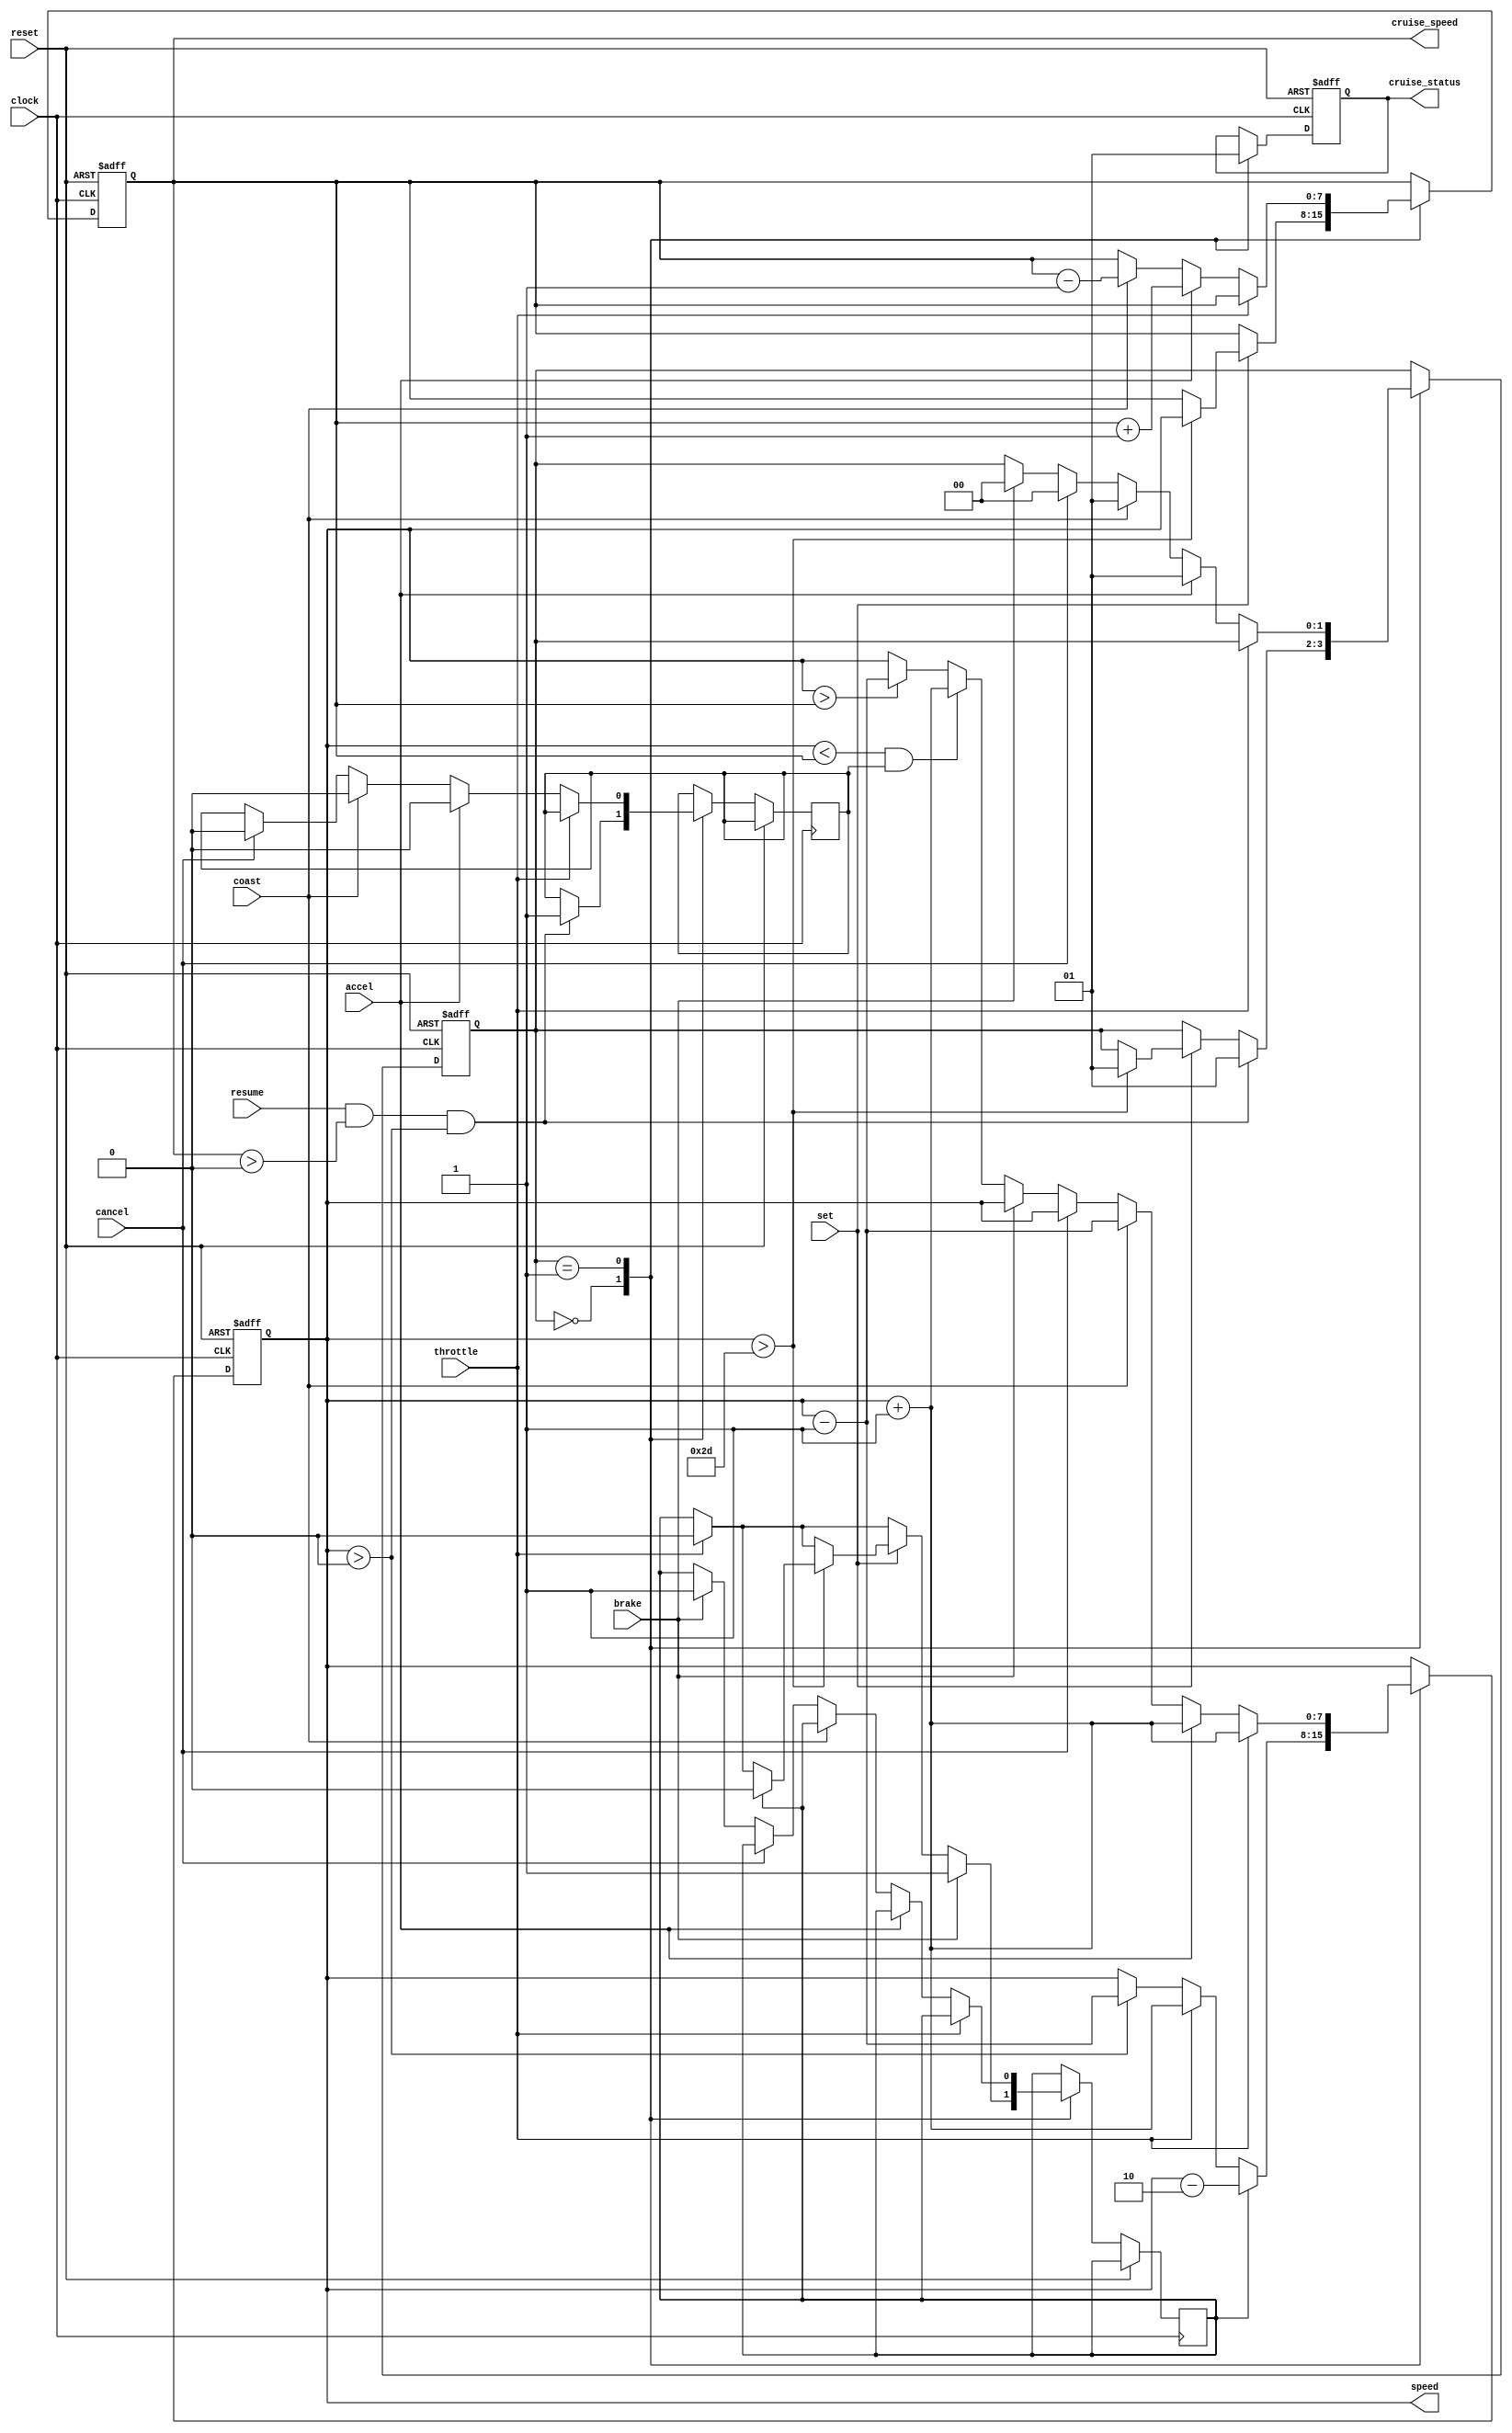
`timescale 1ns / 1ps
	

	module CruiseControl(
	    input clock,
	    input reset,
	    input throttle,
	    input set,
	    input accel,
	    input coast,
	    input cancel,
	    input resume,
	    input brake,
	    output reg [7:0] speed,
	    output reg [7:0] cruise_speed,
	    output reg cruise_status
	    );
	    
	    // register for state
	    reg [1:0] state;       // Current state
	 
	    
	    // flags to indicate if brake pulse or resume pulse is given
	    reg brake_appl;        // indicates brake pulse applied
	    reg resume_appl;       // indicates resume pulse applied
	        
	    
	    // Define states
	    localparam CRUISE_ON  = 1'b1,  // Cruise Control is set
	               CRUISE_OFF = 1'b0; // Cruise Control is unset ( turned off )
	

	        
	

	    // next state logic.
	    always @( posedge clock, posedge reset ) begin
	    
	    if( reset ) begin
	       cruise_speed  <= 8'hzz;
	       state         <= CRUISE_OFF;
	       cruise_status <= 1'b0;
	       speed         <= 0;
	    end
	    else begin
	       case(state)
	          
	            CRUISE_OFF: begin
	            cruise_status <= 1'b0;
	               // if throttle is on, increment the speed by 1 mph every cycle
	               if(throttle) begin
	                  speed <= speed + 1;
	                  // if brake pulse was applied , cancel it 
	                  if( brake_appl != 1'b0 )
	                      brake_appl  <= 1'b0;
	               end
	               else begin
	                    if(speed > 0) begin
	                           speed <= speed - 1;
	                    end
	               end
	               
	              if (set) begin
	               // if set is applied and speed is greater than 45mph, set the cruise speed to 
	               // the current speed, and change state to CRUISE_ON
	                  if(speed > 45) begin
	                     cruise_speed <= speed;
	                     state   <= CRUISE_ON; 
	                     // if brake pulse was applied , cancel it
	                     if( brake_appl != 1'b0 ) begin
	                        brake_appl <= 1'b0;
	                     end
	                     
	                  end
	               end
	               // if brake is applied, set brake_appl flag to zero
	               if ( brake ) begin
	                   brake_appl <= 1;
	               end
	               // if brake flag is on, decrement the speed by 2 every clock cycle
	               if ( brake_appl )begin
	                   speed <= speed - 2;
	               end
	               // if resume is applied, move to CRUISE_ON state
	               if ( resume && cruise_speed > 0 && speed > 0 ) begin
	                   state       <= CRUISE_ON;
	                   resume_appl <= 1;
	               end
	               
	              
	               
	            end
	            
	            CRUISE_ON : begin
	            cruise_status <= 1'b1;
	            // if throttle is applied, increment speed by 1 mph every cycle.
	            // do not change cruise speed               
	               if( throttle ) begin
	                  speed <= speed + 1;
	               end
	              
	               else begin             
	                 // if accel is applied, increment the cruise speed by 1 mph every cycle
	                   if ( accel ) begin
	                      
	                       cruise_speed <= cruise_speed + 1;
	                       speed        <= speed + 1;
	                       state        <= CRUISE_ON;
	                       // cancel resume if it was applied
	                        if( resume_appl == 1'b1 )
	                            resume_appl <= 1'b0;
	                       
	                       
	                   end
	                   // if coast is applied, decrement the cruise speed by 1 mph every cycle
	                   else if ( coast ) begin
	                       cruise_speed <= cruise_speed - 1;
	                       speed        <= speed - 1;
	                       state   <= CRUISE_ON;
	                      // cancel resume if it was applied
	                        if( resume_appl == 1'b1 )
	                            resume_appl <= 1'b0;
	                       
	                   end
	                   // if cancel is applied, turn off cruise control
	                   else if ( cancel ) begin
	                       state   <= CRUISE_OFF;    
	                       // cancel resume if it was applied
	                       if( resume_appl == 1'b1 )
	                          resume_appl <= 1'b0;     
	                   end
	                   // if brake is applied, turn off cruise control and decrement
	                   // speed at 2 mph every cycle which is handled in CRUISE_OFF state
	                   else if ( brake ) begin
	                       
	                       brake_appl   <= 1'b1;
	                       state        <= CRUISE_OFF;
	                       
	                   end
	                 // if speed is less than cruise speed and , increase it to reach cruise speed
	                   else if (speed < cruise_speed && resume_appl ) begin
	                         speed <= speed + 1;
	                   end
	                   else begin
	                      // if no input is applied, then decrease until cruise_speed is reached
	                      if(speed > cruise_speed) begin
	                          speed <= speed - 1;
	                      end
	                    
	                   end
	               end
	           end
	            
	       endcase
	       end // else
	    end // always
	    
	               
	               
	    
	        
	endmodule